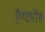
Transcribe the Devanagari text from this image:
हैण्डपीस